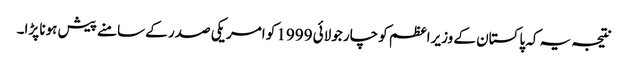
نتیجہ یہ کہ پاکستان کے وزیراعظم کو چار جولائی 1999 کو امریکی صدر کے سامنے پیش ہونا پڑا۔